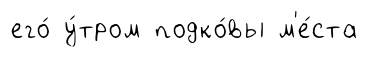
его́ у́тром подко́вы м'е́ста